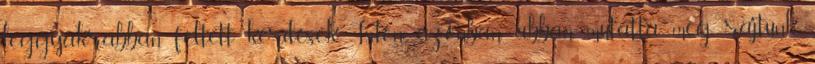
leggyakrabban feltett kérdések Isten azonban abban mutatta meg rajtunk